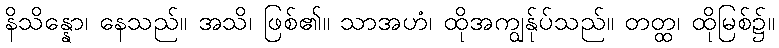
နိသိန္နော၊ နေသည်။ အသိ၊ ဖြစ်၏။ သာအဟံ၊ ထိုအကျွန်ုပ်သည်။ တတ္ထ၊ ထိုမြစ်၌။